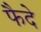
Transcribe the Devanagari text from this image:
फैदे